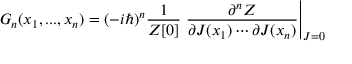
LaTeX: G _ { n } ( x _ { 1 } , . . . , x _ { n } ) = ( - i \hbar ) ^ { n } { \frac { 1 } { Z [ 0 ] } } \left. { \frac { \partial ^ { n } Z } { \partial J ( x _ { 1 } ) \cdots \partial J ( x _ { n } ) } } \right| _ { J = 0 }